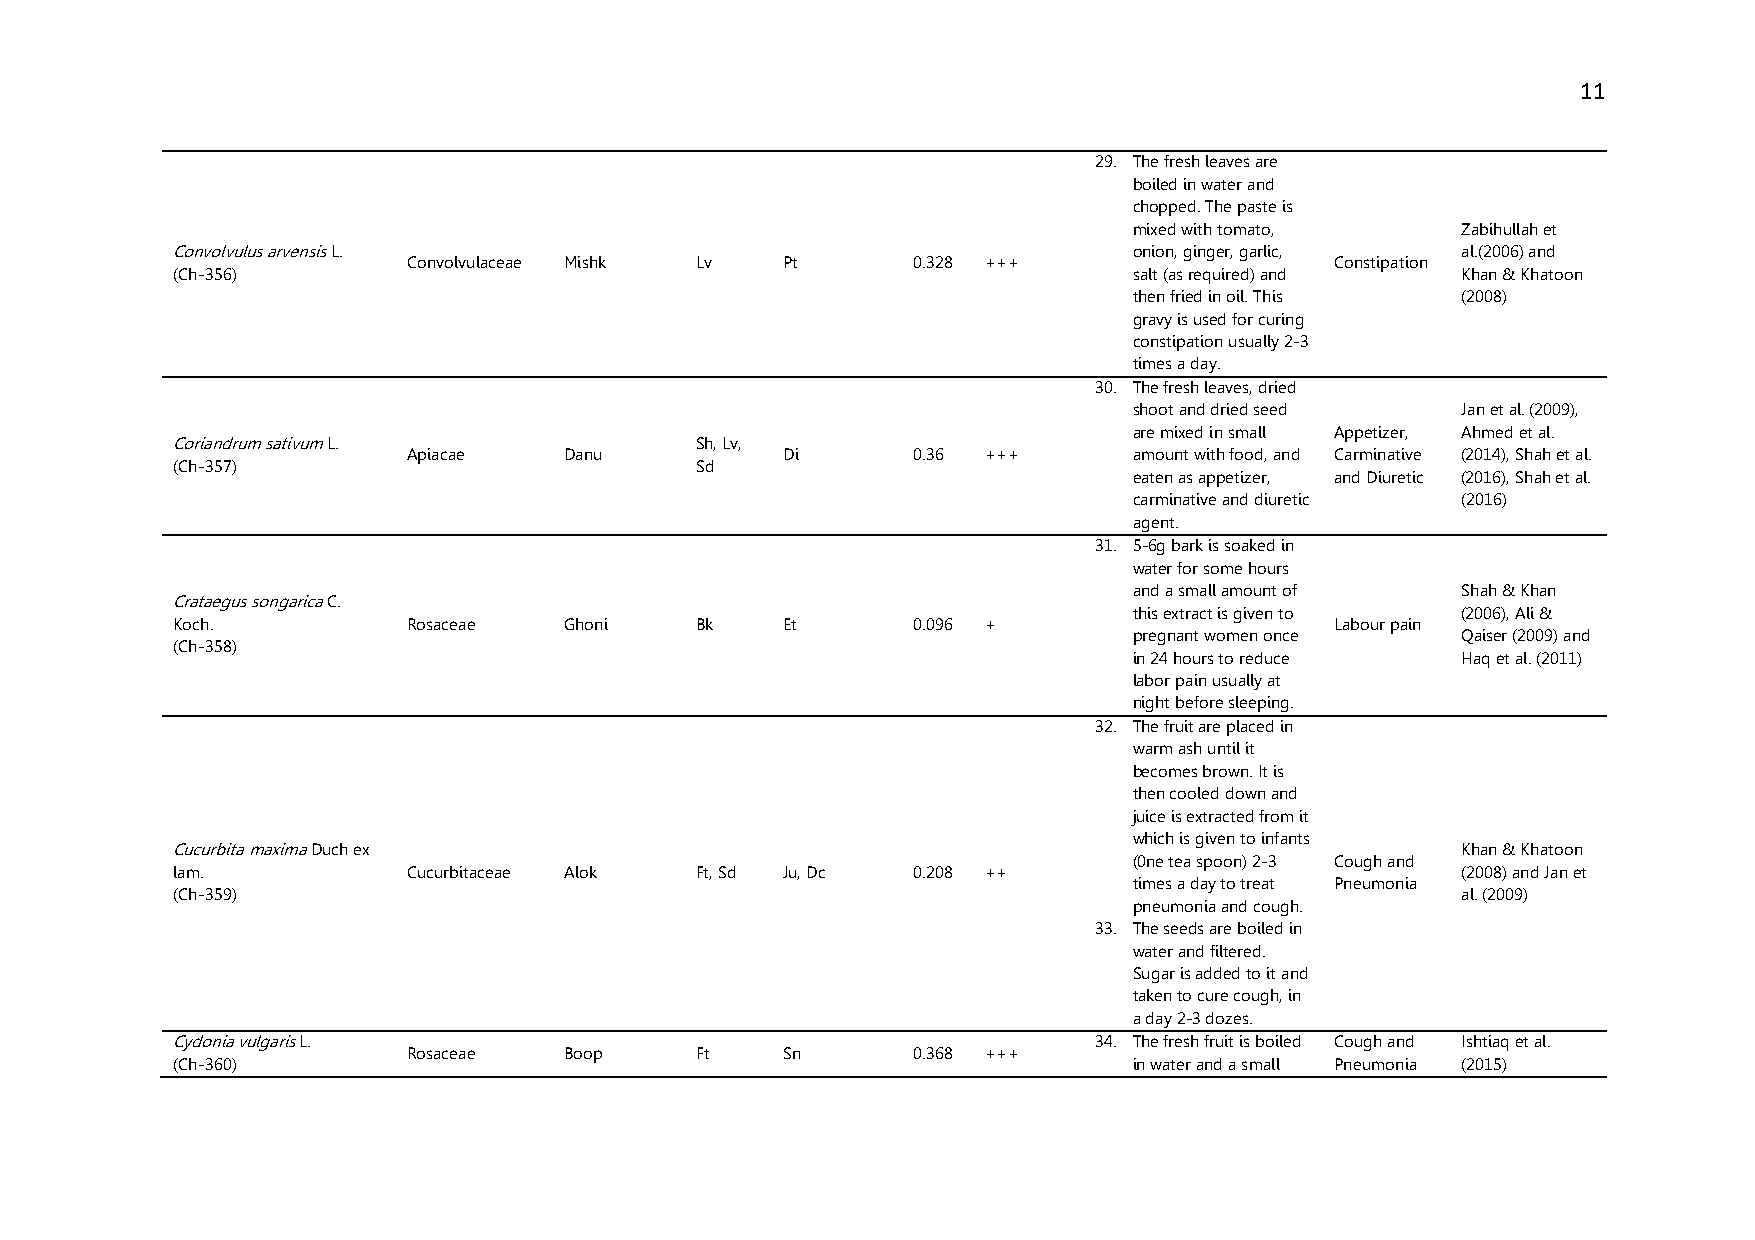
11
 29. The fresh leaves are
 boiled in water and
 chopped. The paste is
 mixed with tomato,    Zabihullah et
 Convolvulus arvensis L.                                         onion, ginger, garlic, al.(2006) and
 Convolvulaceae Mishk Lv  Pt      0.328 +++                   Constipation
 (Ch-356)                                                        salt (as required) and Khan & Khatoon
 then fried in oil. This (2008)
 gravy is used for curing
 constipation usually 2-3
 times a day.
 30. The fresh leaves, dried
 shoot and dried seed  Jan et al. (2009),
 are mixed in small Appetizer, Ahmed et al.
 Coriandrum sativum L.              Sh, Lv,
 Apiacae   Danu           Di      0.36 +++       amount with food, and Carminative (2014), Shah et al.
 (Ch-357)                           Sd
 eaten as appetizer, and Diuretic (2016), Shah et al.
 carminative and diuretic (2016)
 agent.
 31. 5-6g bark is soaked in
 water for some hours
 and a small amount of Shah & Khan
 Crataegus songarica C.
 this extract is given to (2006), Ali &
 Koch.           Rosaceae  Ghoni    Bk    Et      0.096 +                     Labour pain
 pregnant women once   Qaiser (2009) and
 (Ch-358)
 in 24 hours to reduce Haq et al. (2011)
 labor pain usually at
 night before sleeping.
 32. The fruit are placed in
 warm ash until it
 becomes brown. It is
 then cooled down and
 juice is extracted from it
 which is given to infants
 Cucurbita maxima Duch ex                                                              Khan & Khatoon
 (0ne tea spoon) 2-3 Cough and
 lam.            Cucurbitaceae Alok Ft, Sd Ju, Dc 0.208 ++                             (2008) and Jan et
 times a day to treat Pneumonia
 (Ch-359)                                                                              al. (2009)
 pneumonia and cough.
 33. The seeds are boiled in
 water and filtered.
 Sugar is added to it and
 taken to cure cough, in
 a day 2-3 dozes.
 Cydonia vulgaris L.                                          34. The fresh fruit is boiled Cough and Ishtiaq et al.
 Rosaceae  Boop     Ft    Sn      0.368 +++
 (Ch-360)                                                        in water and a small Pneumonia (2015)